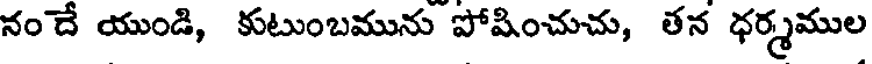
నం దే యుండి, కుటుంబమును పోషించుచు, తన ధర్మముల